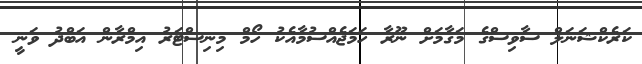
ކަރެކްޝަނަލް ސާވިސްގެ މަގާމަށް ނޫރާ ހަމަޖެއްސުމާއެކު ހޯމް މިނިސްޓަރު އިމްރާން އަބްދު ވަނީ